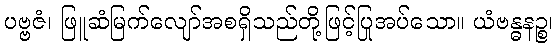
ပဗ္ဗဇံ၊ ဖြူဆံမြက်လျော်အစရှိသည်တို့ဖြင့်ပြုအပ်သော။ ယံဗန္ဓနဉ္စ၊